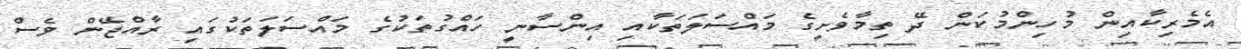
އެމެރިކާއިން މުހިންމުކަން ދޭ ތިމާވެށީގެ މައްސަލަތަކާއި އިންސާނީ ހައްގުތަކުގެ މައްސަލަތަކުގައި ރާއްޖޭން ވެސް